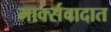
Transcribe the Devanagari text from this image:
मार्क्सवादात